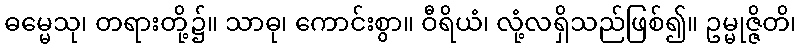
ဓမ္မေသု၊ တရားတို့၌။ သာဓု၊ ကောင်းစွာ။ ဝီရိယံ၊ လုံ့လရှိသည်ဖြစ်၍။ ဥမ္မုဇ္ဇိတိ၊